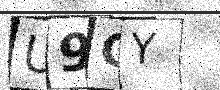
Text: U9GY